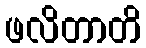
ဖလိတာတိ